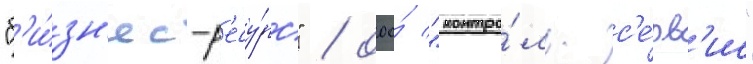
"б'и́зн'ес-р'есу́рс" / ооо́ "контро́ль-с'е́рв'ис"